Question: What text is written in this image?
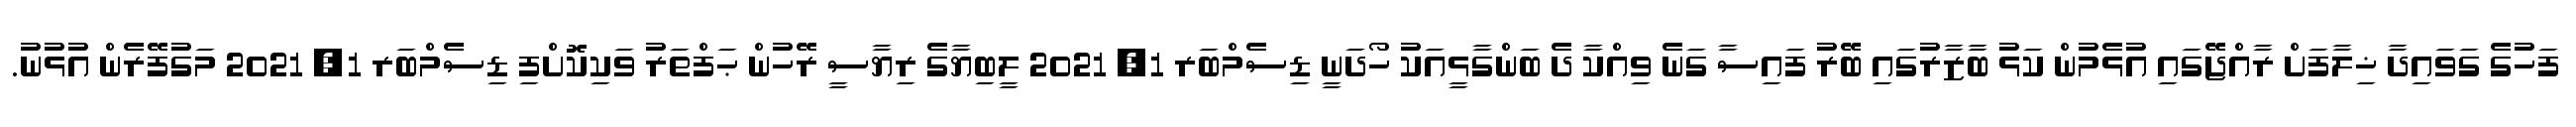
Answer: ފަހުގެ ގަވައިދާ ޚިލާފަށް ރާއްޖޭގައި އުޅެމުން ކަޅު ބާޒާރުގައި ބޭރު ފައިސާ ގަނެ ވިއްކާ ދެ ބަންގާޅީއަކު ހޯދަނީ ޑިސެމްބަރ 1, 2021 ލީބިޔާގެ ރިޔާސީ ރޭހުން ޙަފްތަރު ވަކިކޮށްފި ޑިސެމްބަރ 1, 2021 މަގުފޭރެން އުޅުނު.